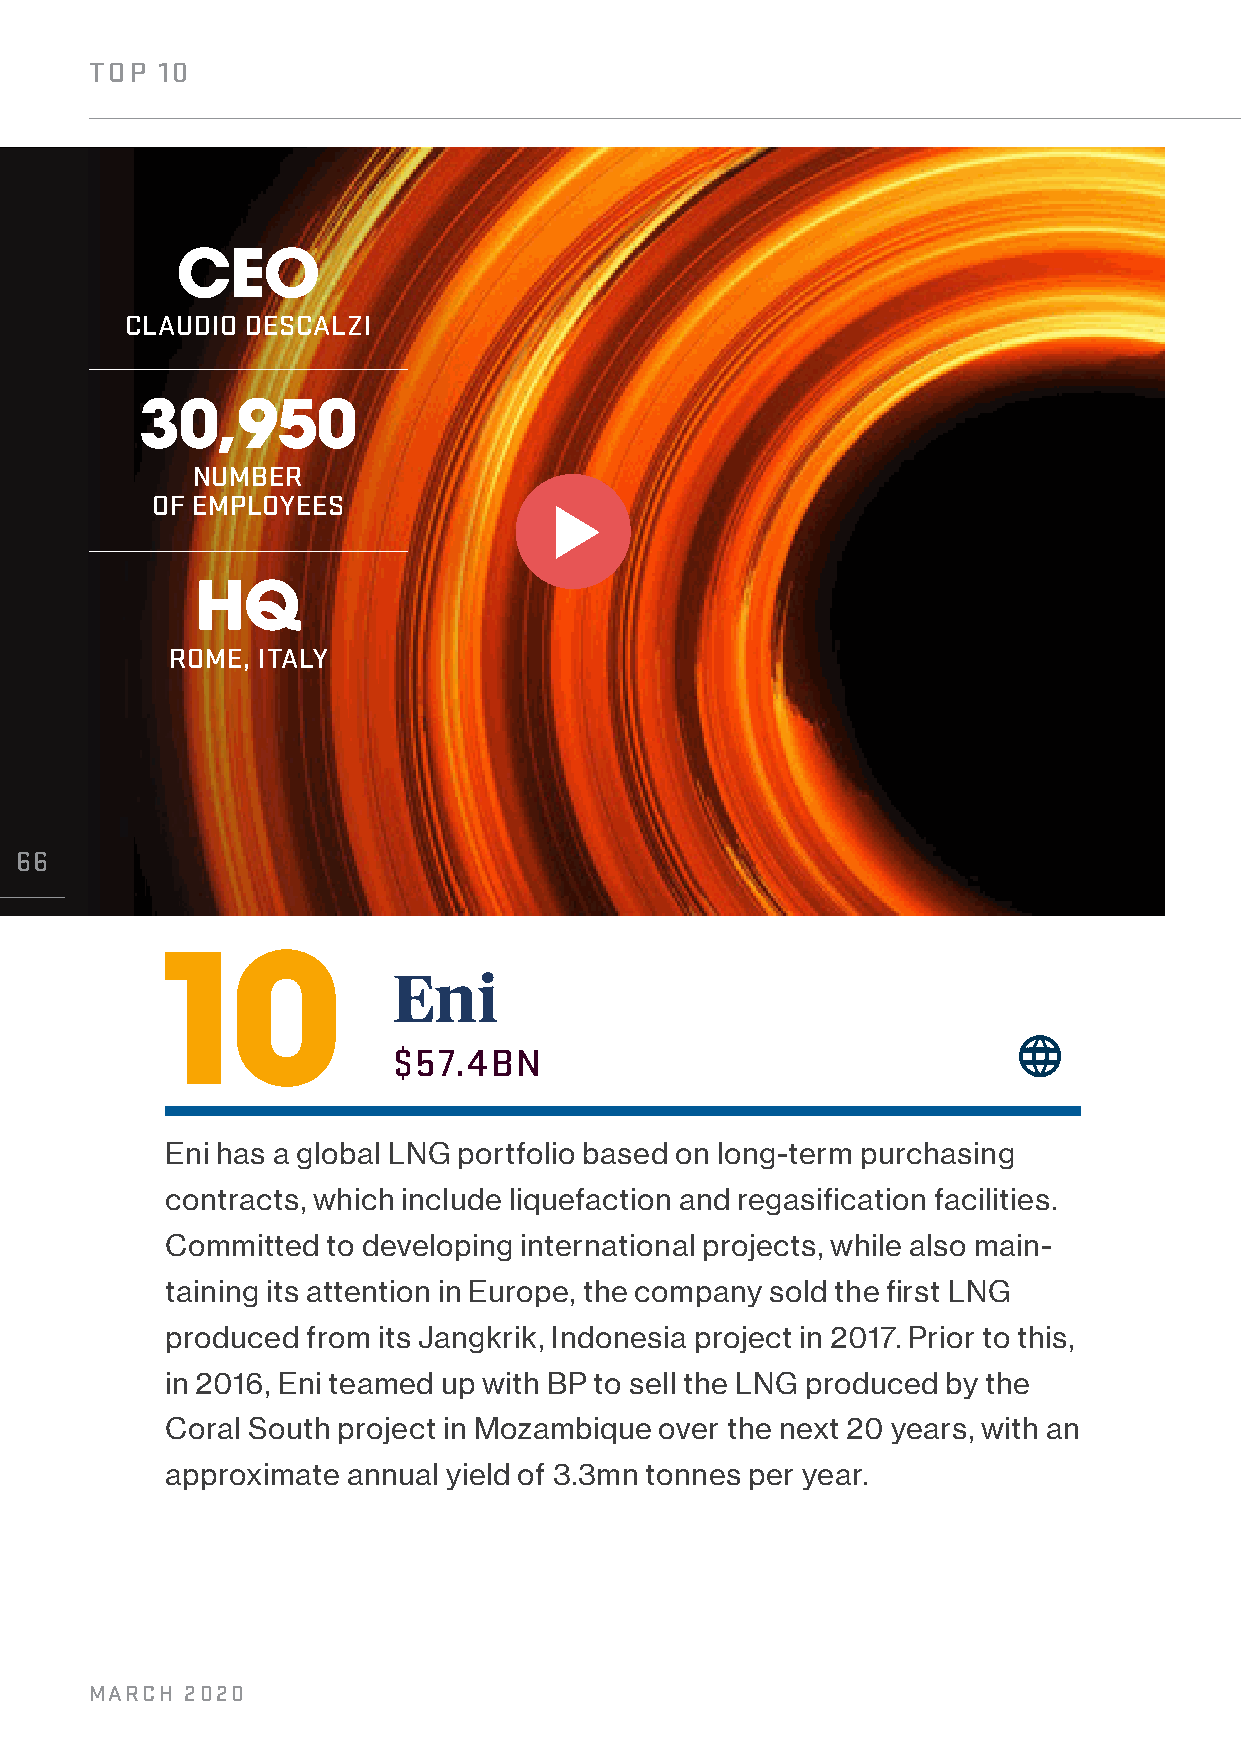
TOP  10
 CEO
 CLAUDIO DESCALZI
 30,950
 NUMBER
 OF EMPLOYEES
 HQ
 ROME, ITALY
 66
 10
 Eni
 $57.4BN
 Eni has a global LNG portfolio based on long-term purchasing
 contracts, which include liquefaction and regasification facilities.
 Committed  to developing international projects, while also main-
 taining its attention in Europe, the company sold the first LNG
 produced from its Jangkrik, Indonesia project in 2017. Prior to this,
 in 2016, Eni teamed up with BP to sell the LNG produced by the
 Coral South project in Mozambique over the next 20 years, with an
 approximate annual yield of 3.3mn tonnes per year.
 MARCH 2020